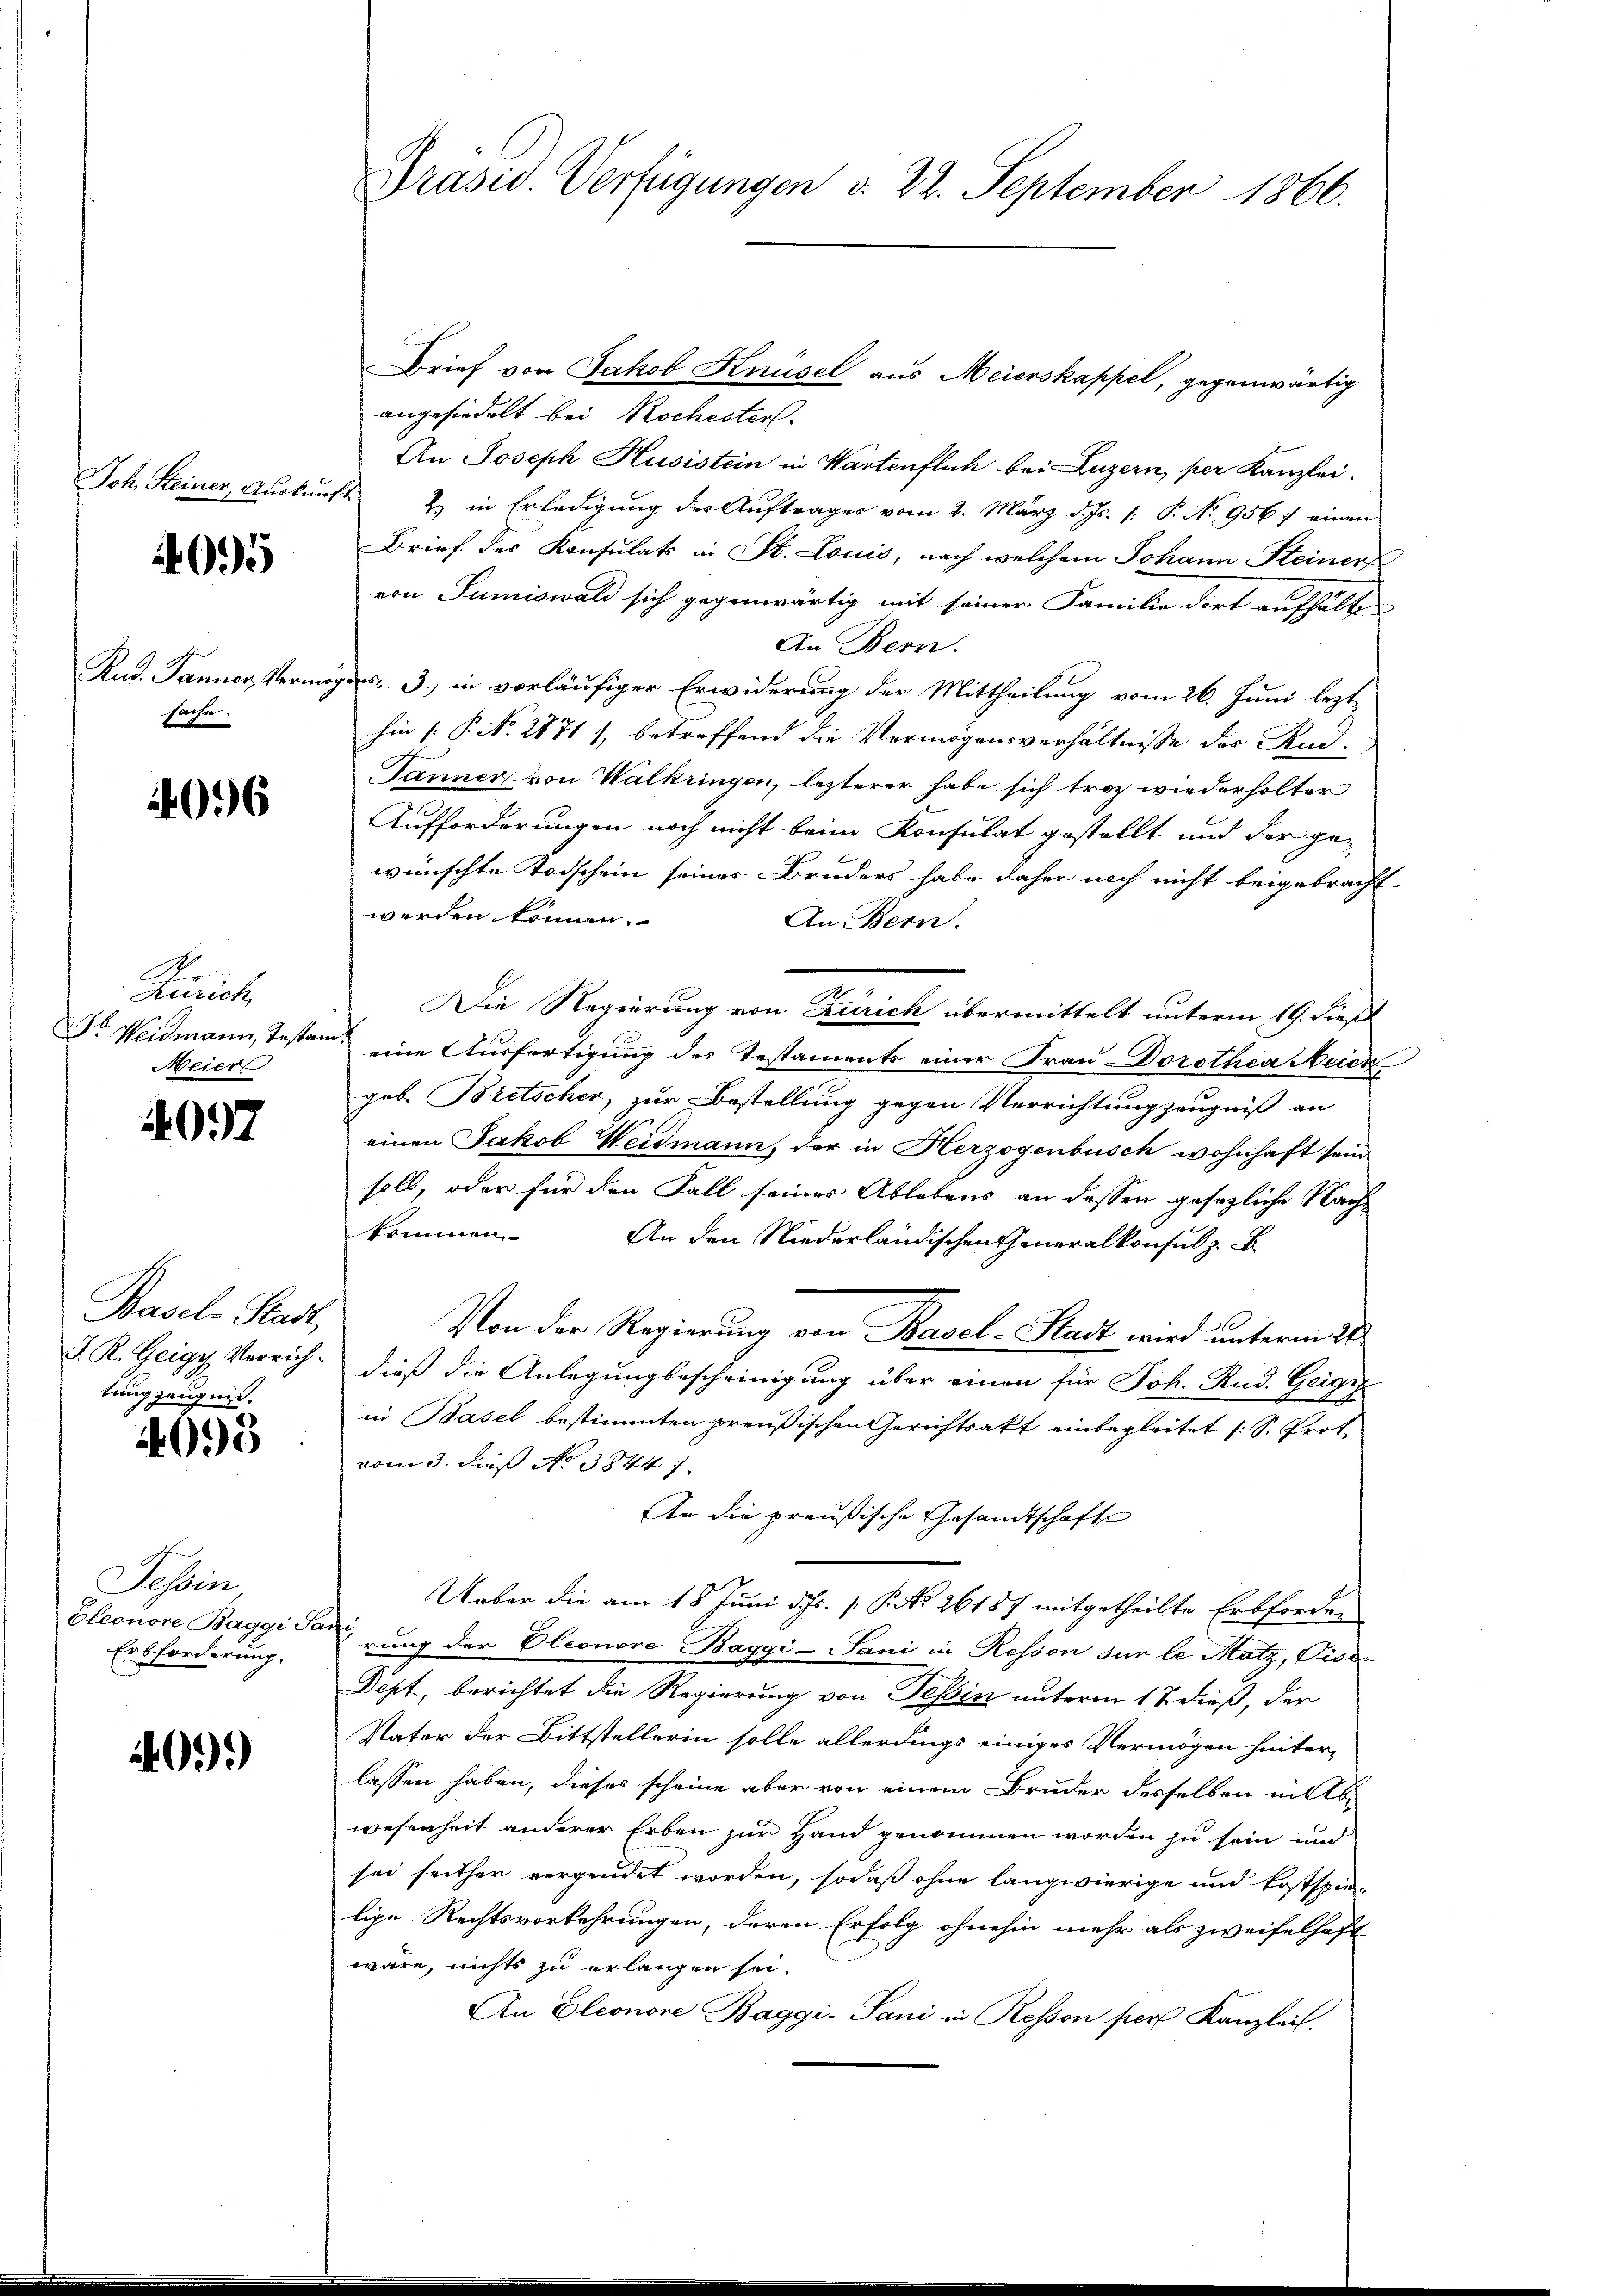
Joh. Seinen Zukunft

4095

sache.

4096

Zürich
Meier

4097

Basel-Stadt,
tung zeugniß.

4095

Siehen,
Eleonore Baggi Sani,
Erbforderung.

409.)

Brief von Jakob Knüsel aus Meierskappel, gegenwärtig
angehindelt bei Rochester
An Joseph Husistein in Wartenflich bei Luzern, per Kanzlei.
2) in Erledigung des Auftrages vom 2. März d. Js. 1. P. No 956 : einen
Brief des Konsulats in St. Louis, nach welchem Johann Steiner
von Sumiswald sich gegenwärtig mit seiner Familie dort aufhälte
An Bern.
Rud. Janner Vermögens 3. in vorläufiger Erwiderung der Mittheilung vom 26. Juni lezt
hin (: P. Nr. 2871, betreffend die Vermögensverhältnisse der And
Tanner von Walkringen, lezterer habe sich troz wiederholter
Aufforderungen noch nicht beim Konsulat gestellt und der ge-
wünschte Todschein seines Bruders habe daher noch nicht beigebracht
werden können.
An Bern.
Die Regierung von Zürich übermittelt unterm 19. dieß
o Weidmann, Testan eine Ausfertigung des Testaments einer Frau Dorothea Meier
geb. Bretscher zur Bestellung gegen Verrichtung zeugniß an
einen Jakob Weidmann, der in Herzogenbusch wohnhaft sein
soll, oder für den Fall seines Ablebens an dessen gesezliche Nachkommen. An den Niederländischen Generalkonsul z. B.
Von der Regierung von Basel-Stadt wird unterm 21.
J. R. Geigy Verrich. dieß die Anlegung bescheinigung über einen für Joh. Rud. Geige
in Basel bestimmten preußischen Gerichtsakt einbegleitet (: S. Prot.
vom 3. daß No 3844.
An die preußische Gesandtschaft
Ueber die am 18. Juni d. Js. 1. P. No 26187 mitgetheilte Erbforder
rung der Eleonore Baggi-Sani in Resson für le Matz, Visc
Dept., berichtet die Regierung von Tessin unterm 17. dieß, der
Vater der Bittstellerin solle allerdings einiges Vermögen hinter-
lassen haben, dieses scheine aber von einem Bruder desselben mitbe
wesenheit anderer Erben zur Hand genommen worden zu sein und
sei seither vergendet worden, sodaß ohne langwierige und kostspie-
lige Rechtsvorkehrungen, deren Erfolg ohnehin mehr als zweifelhaft
wäre, nichts zu erlangen sei.
An Eleonore Baggi-Sani in Resson pers Kanzlei.

Präsid. Verfügungen d. 22. September 1866.